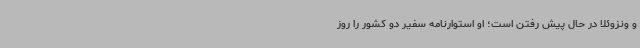
و ونزوئلا در حال پیش رفتن است؛ او استوارنامه سفیر دو کشور را روز